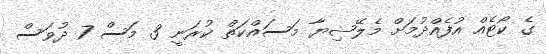
ގެ ކޯޓެއް އުފެއްދުމަށް މެލޭޝިޔާ މަސައްކަތް ކުރަނީ 3 މަސް 7 ދުވަސް